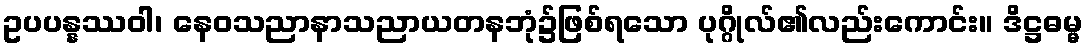
ဥပပန္နဿဝါ၊ နေဝသညာနာသညာယတနဘုံ၌ဖြစ်ရသော ပုဂ္ဂိုလ်၏လည်းကောင်း။ ဒိဋ္ဌဓမ္မ